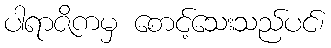
ပါရာဇိကမှ စောင့်သေးသည်ပင်၊